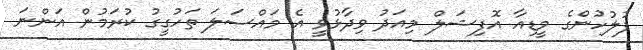
ފުލުހުންގެ މީޑިއާ އޮފިޝަލް މިއަދު ވިދާޅުވީ އެ މައްސަލަ ތަހުގީގު ކުރަމުން އަންނަ